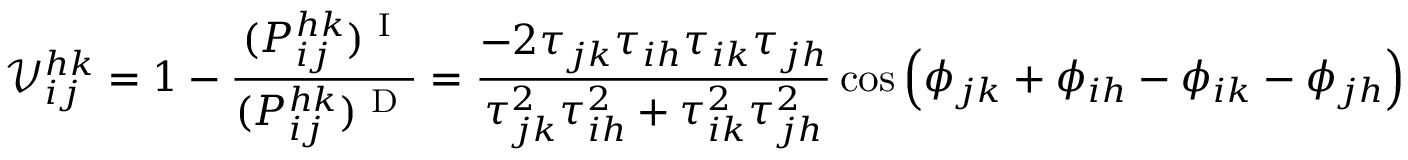
\mathcal { V } _ { i j } ^ { h k } = 1 - \frac { ( P _ { i j } ^ { h k } ) ^ { \mathrm { ~ I ~ } } } { ( P _ { i j } ^ { h k } ) ^ { \mathrm { ~ D ~ } } } = \frac { - 2 \tau _ { j k } \tau _ { i h } \tau _ { i k } \tau _ { j h } } { \tau _ { j k } ^ { 2 } \tau _ { i h } ^ { 2 } + \tau _ { i k } ^ { 2 } \tau _ { j h } ^ { 2 } } \cos \left( \phi _ { j k } + \phi _ { i h } - \phi _ { i k } - \phi _ { j h } \right)